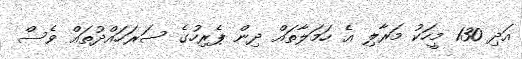
އަދި 130 މީހަކު މަރާލި އެ ހަމަލާތައް ދިން ޕެރިހުގެ ސަރަހައްދުތައް ވެސް